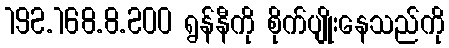
192.168.8.200 ရွန်နီကို စိုက်ပျိုးနေသည်ကို